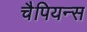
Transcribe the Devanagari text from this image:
चैपियन्स